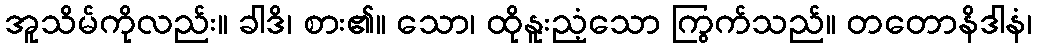
အူသိမ်ကိုလည်း။ ခါဒိ၊ စား၏။ သော၊ ထိုနူးညံ့သော ကြွက်သည်။ တတောနိဒါနံ၊